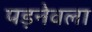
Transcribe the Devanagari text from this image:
पड़नेवला